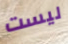
ليست